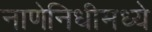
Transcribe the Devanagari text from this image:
नाणेनिधीमध्ये